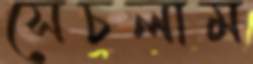
সেচলাম